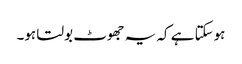
ہوسکتا ہے کہ یہ جھوٹ بولتا ہو۔